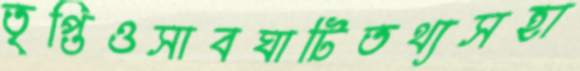
তৃপ্তিওসাবঘাটিতথ্যসহা